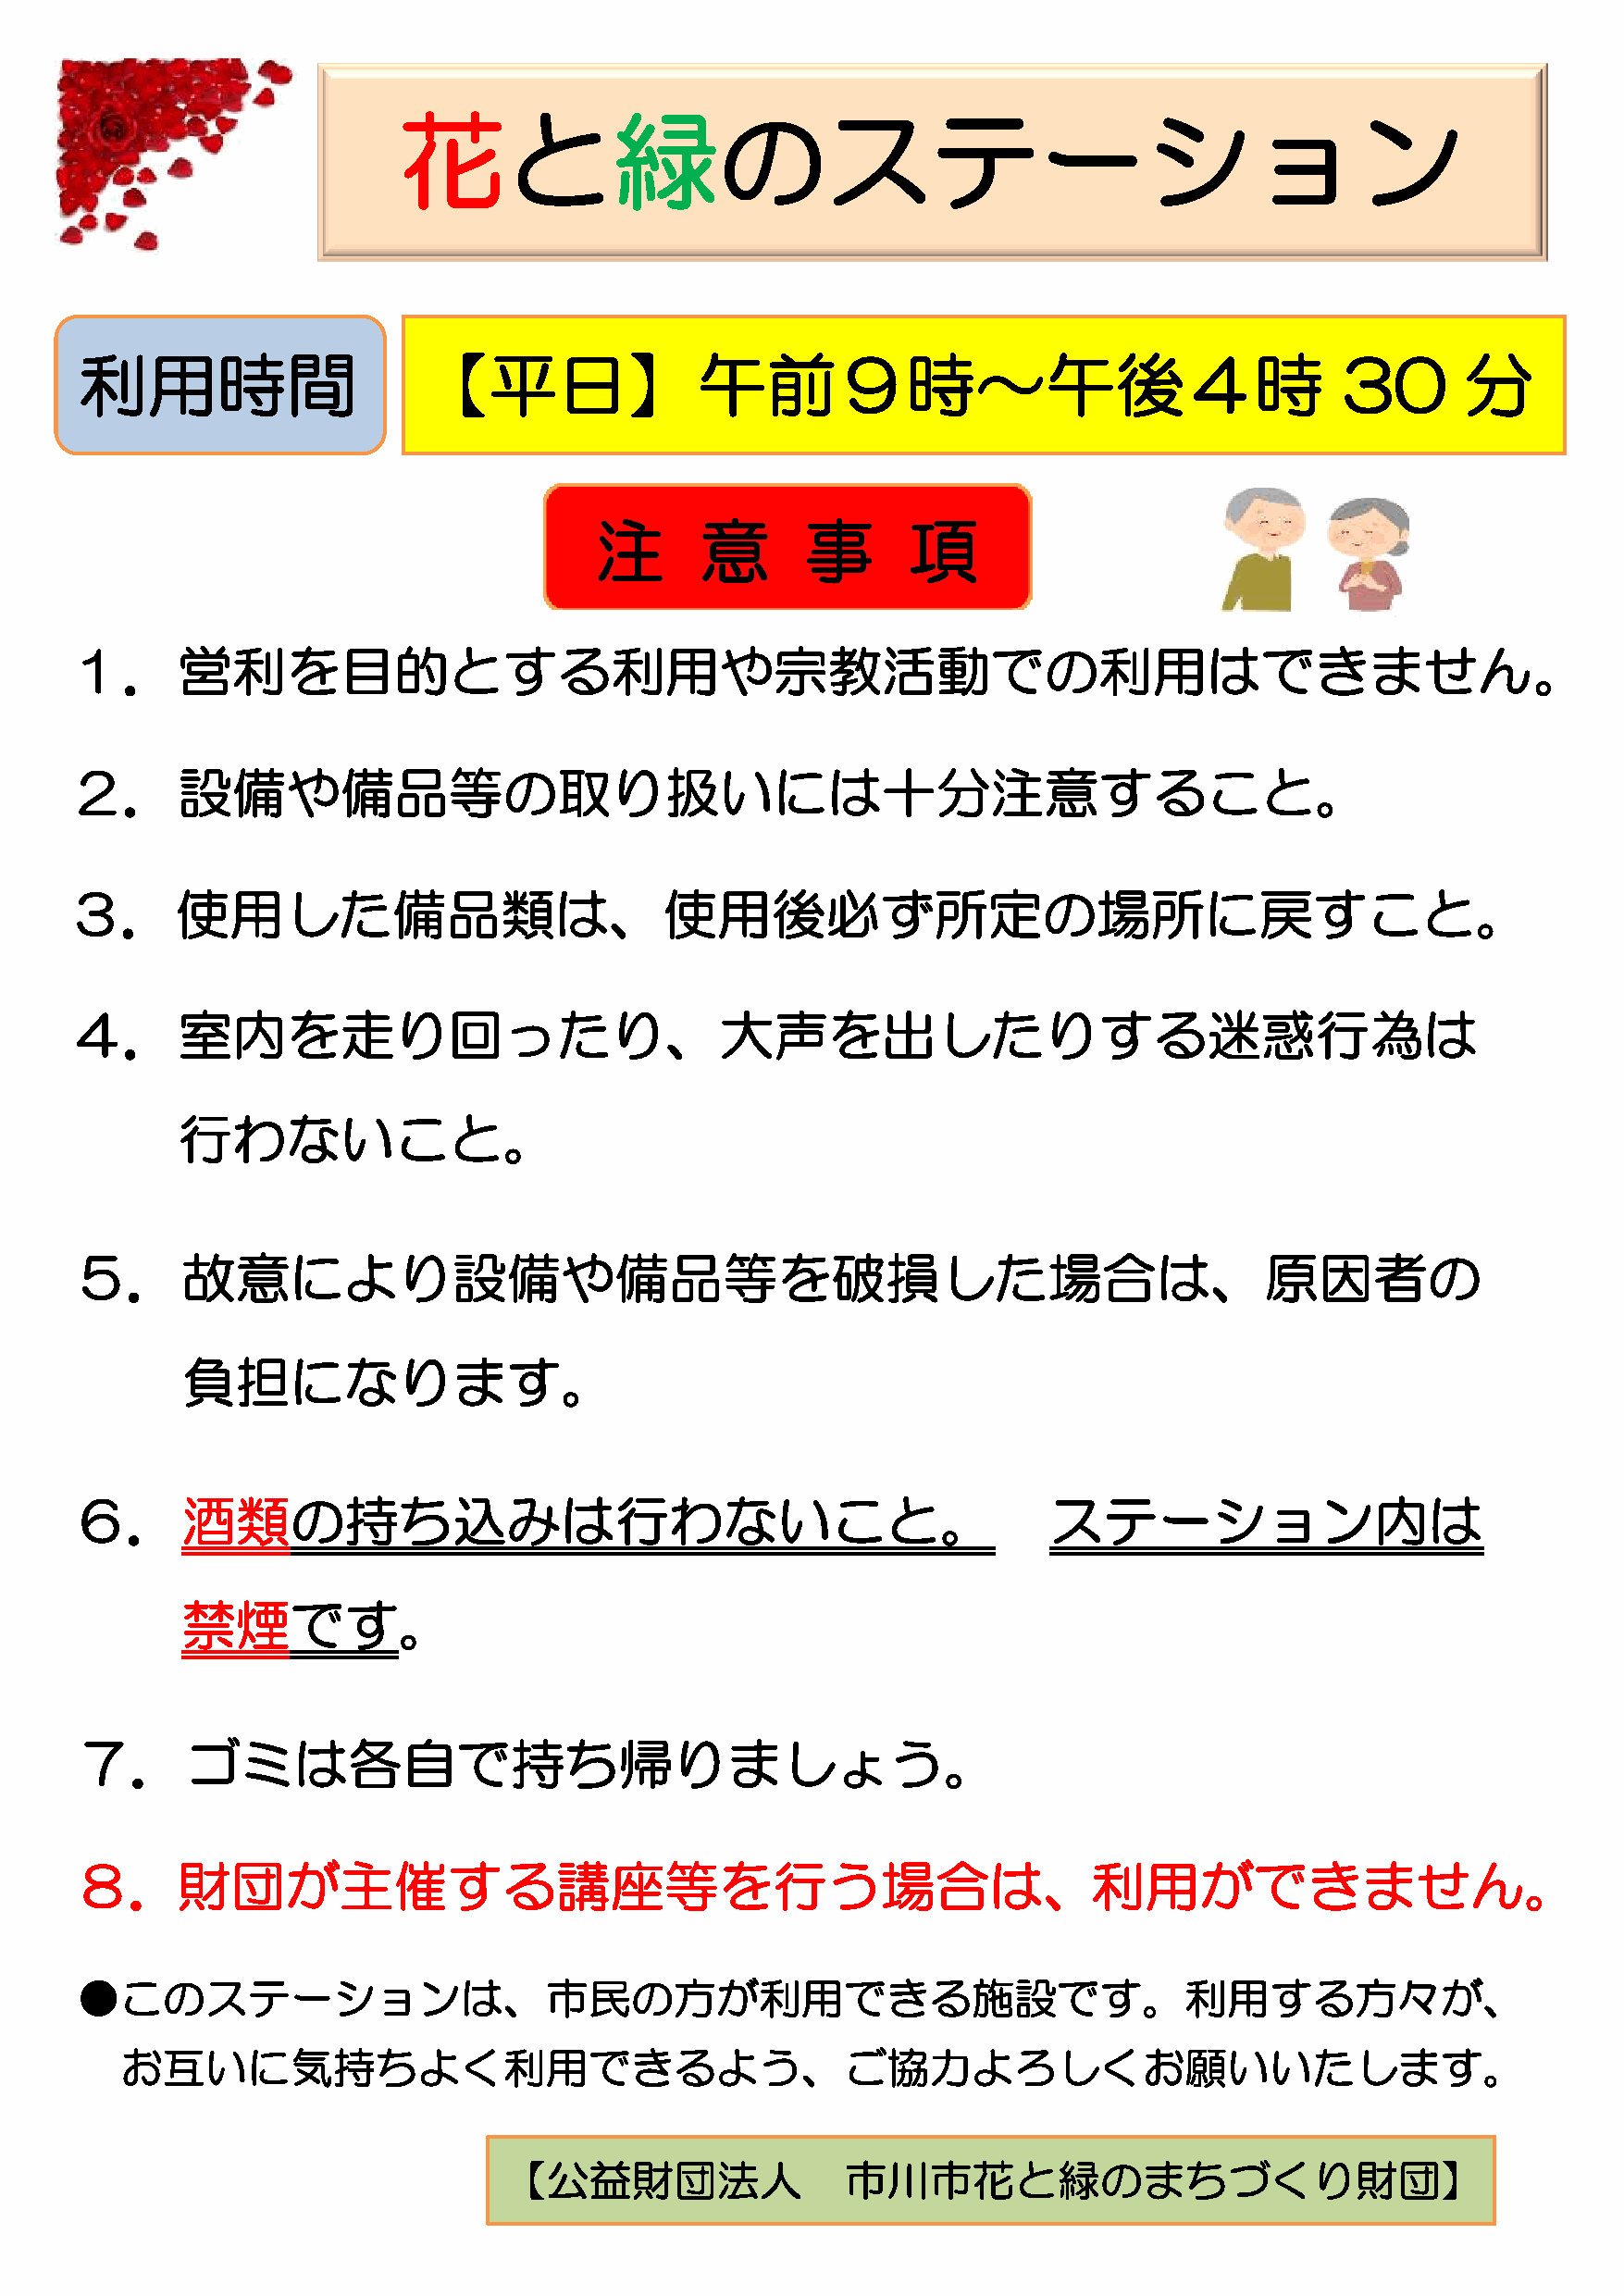
花と緑のステーション
 利用時間                    【平日】午前９時～午後４時                                                     30       分
 注      意       事      項
 １．営利を目的とする利用や宗教活動での利用はできません。
 ２．設備や備品等の取り扱いには十分注意すること。
 ３．使用した備品類は、使用後必ず所定の場所に戻すこと。
 ４．室内を走り回ったり、大声を出したりする迷惑行為は
 行わないこと。
 ５．故意により設備や備品等を破損した場合は、原因者の
 負担になります。
 ６．酒類の持ち込みは行わないこと。                                                     ステーション内は
 禁煙です。
 ７．ゴミは各自で持ち帰りましょう。
 ８．財団が主催する講座等を行う場合は、利用ができません。
 ●このステーションは、市民の方が利用できる施設です。利用する方々が、
 お互いに気持ちよく利用できるよう、ご協力よろしくお願いいたします。
 【公益財団法人                 市川市花と緑のまちづくり財団】